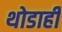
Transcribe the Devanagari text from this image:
थोडाही